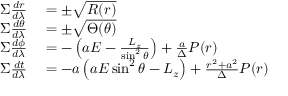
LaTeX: \begin{array} { r l } { \Sigma { \frac { d r } { d \lambda } } } & { { } = \pm { \sqrt { R ( r ) } } } \\ { \Sigma { \frac { d \theta } { d \lambda } } } & { { } = \pm { \sqrt { \Theta ( \theta ) } } } \\ { \Sigma { \frac { d \phi } { d \lambda } } } & { { } = - \left( a E - { \frac { L _ { z } } { \sin ^ { 2 } \theta } } \right) + { \frac { a } { \Delta } } P ( r ) } \\ { \Sigma { \frac { d t } { d \lambda } } } & { { } = - a \left( a E \sin ^ { 2 } \theta - L _ { z } \right) + { \frac { r ^ { 2 } + a ^ { 2 } } { \Delta } } P ( r ) } \end{array}